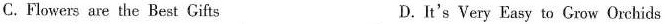
C.Flowers are the Best Gifts D.It's Very Easy to Grow Orchids